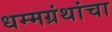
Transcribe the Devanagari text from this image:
धम्मग्रंथांचा